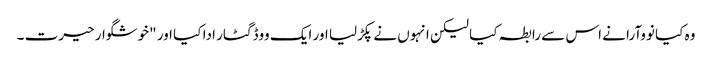
وہ کیا نووآرا نے اس سے رابطہ کیا لیکن انہوں نے پکڑلیا اور ایک ووڈ گٹار ادا کیا اور "خوشگوار حیرت ۔